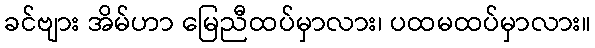
ခင်ဗျား အိမ်ဟာ မြေညီထပ်မှာလား၊ ပထမထပ်မှာလား။